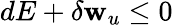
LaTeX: dE+\delta\mathbf{w}_{u}\leq0